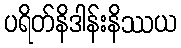
ပရိတ်နိဒါန်းနိဿယ